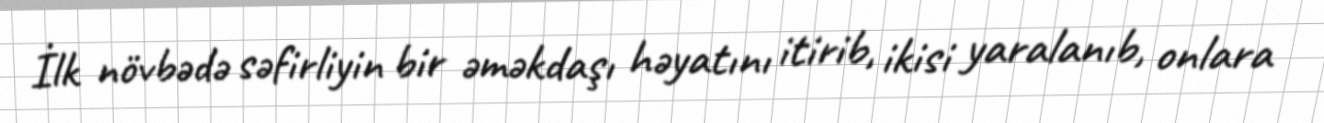
İlk növbədə səfirliyin bir əməkdaşı həyatını itirib, ikisi yaralanıb, onlara